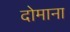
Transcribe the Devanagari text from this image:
दोमाना